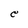
Character: e